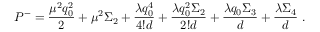
P ^ { - } = { \frac { \mu ^ { 2 } q _ { 0 } ^ { 2 } } { 2 } } + \mu ^ { 2 } \Sigma _ { 2 } + { \frac { \lambda q _ { 0 } ^ { 4 } } { 4 ! d } } + { \frac { \lambda q _ { 0 } ^ { 2 } \Sigma _ { 2 } } { 2 ! d } } + { \frac { \lambda q _ { 0 } \Sigma _ { 3 } } { d } } + { \frac { \lambda \Sigma _ { 4 } } { d } } \; .